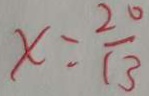
x = \frac { 2 0 } { 1 3 }